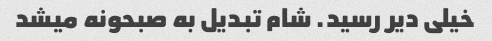
خیلی دیر رسید. شام تبدیل به صبحونه میشد